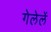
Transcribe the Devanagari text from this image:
गेलेलें